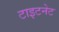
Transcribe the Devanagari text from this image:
टाइटनेट